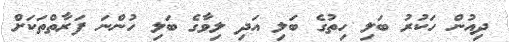
ދިއުން ހަކުރު ބަލި ހިތުގެ ބަލި އަދި ލިވާގެ ބަލި ހުންނަ ފަރާތްތަކަށް